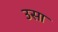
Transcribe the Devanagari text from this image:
उसा